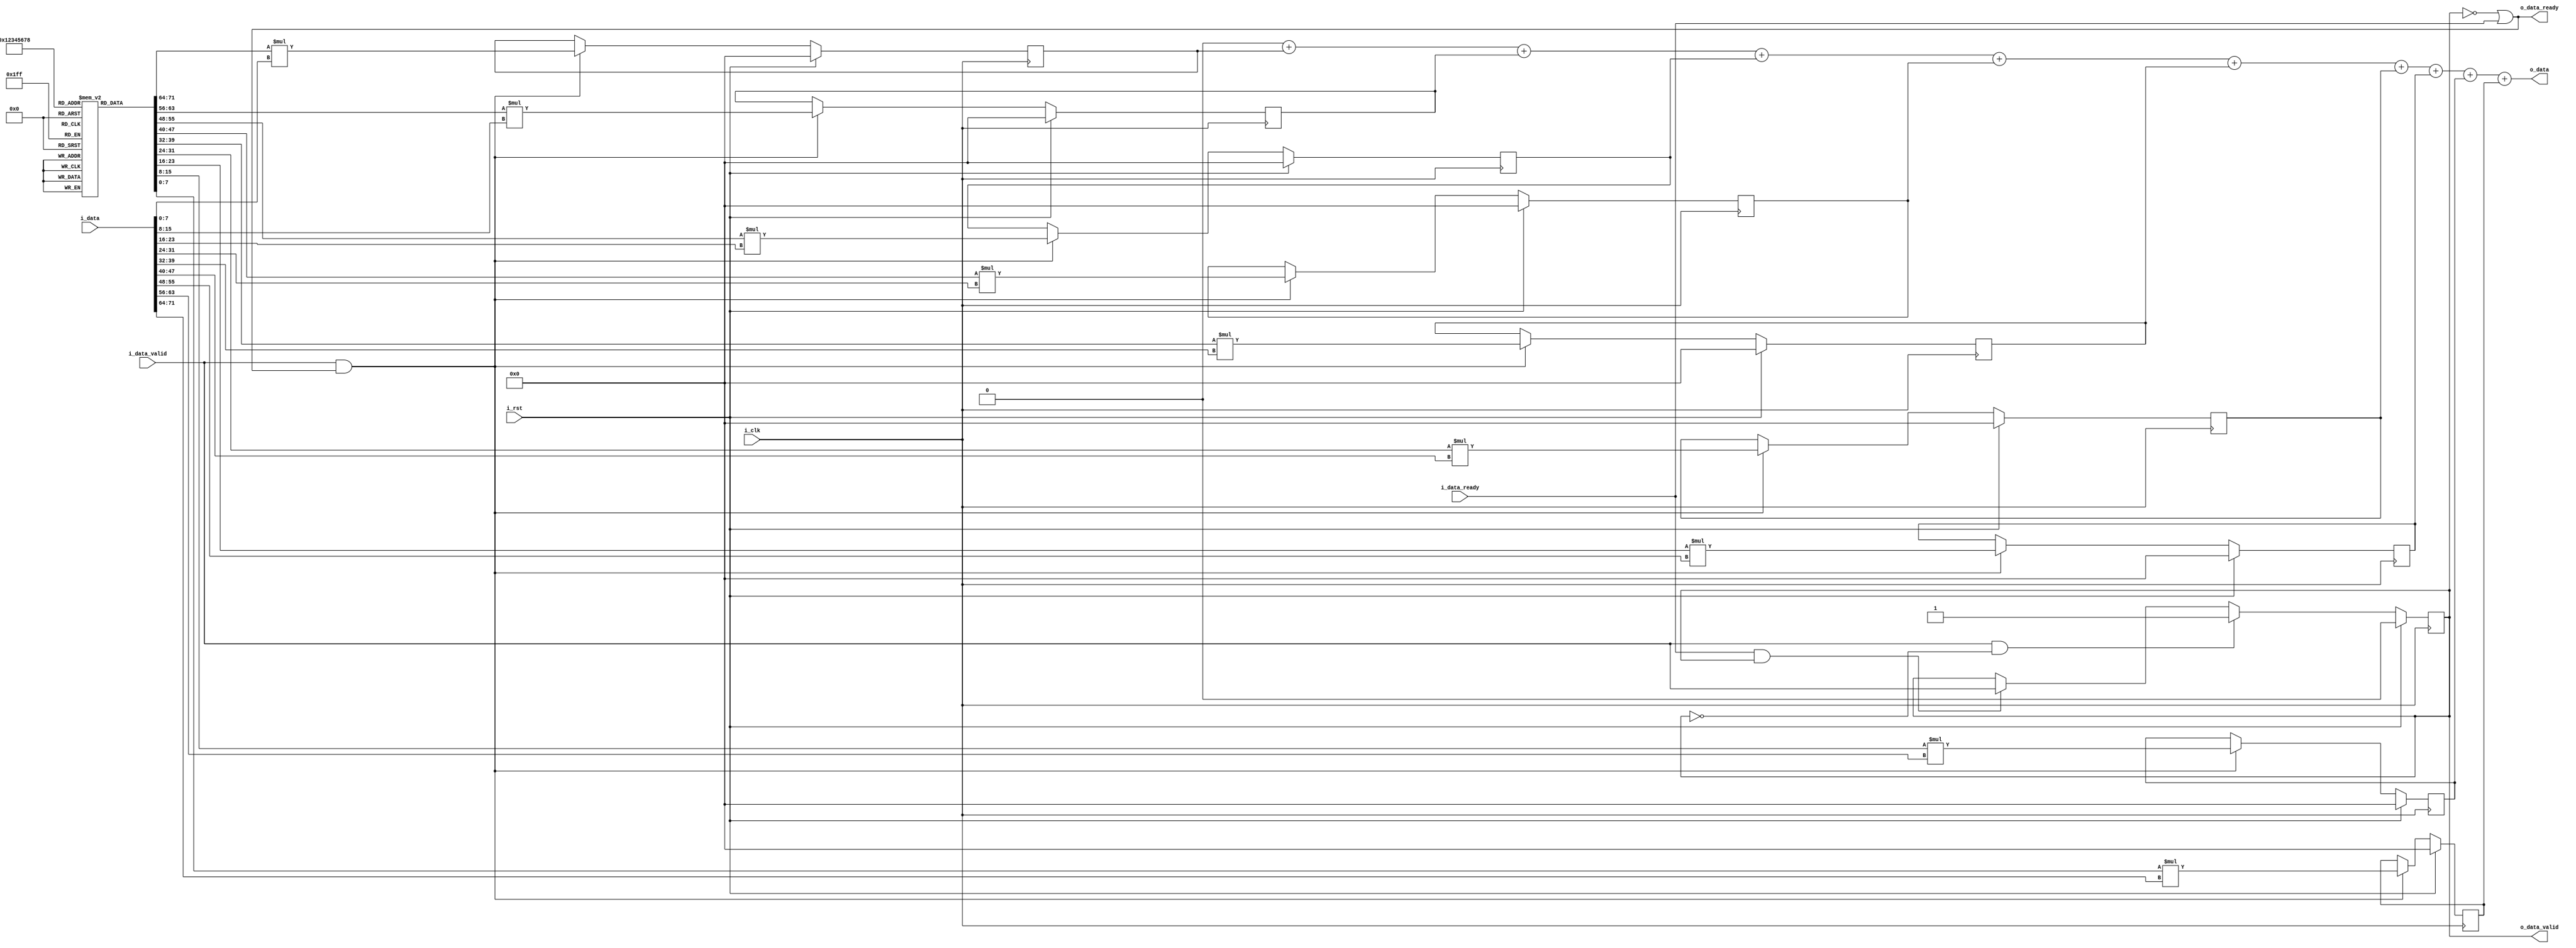
`timescale 1ns / 1ps
//////////////////////////////////////////////////////////////////////////////////
// Company: 
// Engineer: 
// 
// Design Name: 
// Module Name: pipe_stage_MAC_gblur
// Project Name: 
// Target Devices: 
// Tool Versions: 
// Description: 
// 
// Dependencies: 
// 
// Revision:
// Revision 0.01 - File Created
// Additional Comments:
// 
//////////////////////////////////////////////////////////////////////////////////


module pipe_stage_MAC_gblur(
    input i_clk,
    input i_rst,
    
    //upstream
    input [71:0]i_data,
    input i_data_valid,
    output o_data_ready,
    
    //downstream
    output [15:0]o_data,
    output o_data_valid,
    input i_data_ready

    );
    
    integer i; 
    reg [7:0] kernel [8:0];
    reg [15:0] multData[8:0];
    reg [15:0] sumDataInt;
    
    reg valid_data;
    
    initial
    begin
      kernel[0] = 1;
      kernel[1] = 2;
      kernel[2] = 1;
      kernel[3] = 2;
      kernel[4] = 4;
      kernel[5] = 2;
      kernel[6] = 1;
      kernel[7] = 2;
      kernel[8] = 1;
    end
    
    always @(posedge i_clk)
    begin
        if(i_rst)
        begin
            for(i=0;i<9;i=i+1)
            begin
                multData[i] <= 0;
            end    
        end
        else
        begin
            if(i_data_valid & o_data_ready)
            begin
                for(i=0;i<9;i=i+1)
                begin
                    multData[i] <= kernel[i]*i_data[i*8+:8];
                end
            end
        end
        
    end
    
    
    always @(*)
    begin
        sumDataInt = 0;
        for(i=0;i<9;i=i+1)
        begin
            sumDataInt = sumDataInt + multData[i];
        end
    end
    
    always @(posedge i_clk)
    begin
        if(i_rst)
            valid_data <= 0;
        else if(i_data_valid & !valid_data)
            valid_data <= 1;
        else if(i_data_ready & valid_data)
            valid_data <= i_data_valid; 
    end
    
    assign o_data_ready = ~valid_data | i_data_ready ;
    assign o_data_valid = valid_data; 
    
    assign o_data = sumDataInt;   
    
endmodule